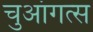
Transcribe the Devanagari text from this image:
चुआंगत्स